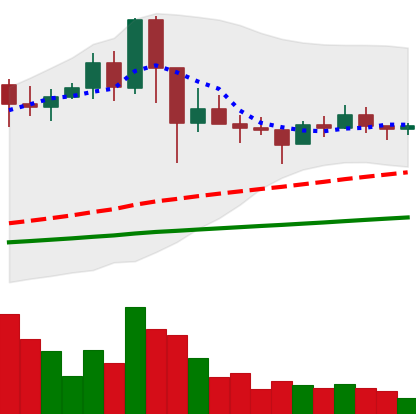
Ticker: NEO-USD
Chart end date: 2021-03-06
Forward return: 9.763%
Label: up_7plus